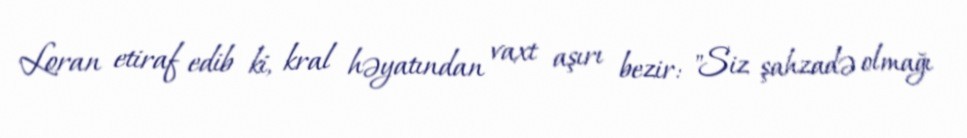
Loran etiraf edib ki, kral həyatından vaxt aşırı bezir: "Siz şahzadə olmağı